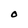
Character: O